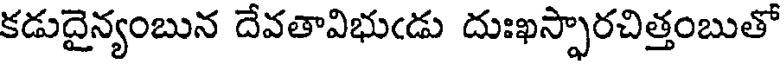
కడుదైన్యంబున దేవతావిభుండు దుఃఖస్సారచిత్తంబుతో